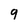
Character: 9